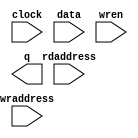
// megafunction wizard: %RAM: 2-PORT%VBB%
// GENERATION: STANDARD
// VERSION: WM1.0
// MODULE: altsyncram 

// ============================================================
// Megafunction Name(s):
// 			altsyncram
//
// Simulation Library Files(s):
// 			altera_mf
// ============================================================
// ************************************************************
// THIS IS A WIZARD-GENERATED FILE. DO NOT EDIT THIS FILE!
//
// 21.1.1 Build 850 06/23/2022 SJ Lite Edition
// ************************************************************

//Copyright (C) 2022  Intel Corporation. All rights reserved.
//Your use of Intel Corporation's design tools, logic functions 
//and other software and tools, and any partner logic 
//functions, and any output files from any of the foregoing 
//(including device programming or simulation files), and any 
//associated documentation or information are expressly subject 
//to the terms and conditions of the Intel Program License 
//Subscription Agreement, the Intel Quartus Prime License Agreement,
//the Intel FPGA IP License Agreement, or other applicable license
//agreement, including, without limitation, that your use is for
//the sole purpose of programming logic devices manufactured by
//Intel and sold by Intel or its authorized distributors.  Please
//refer to the applicable agreement for further details, at
//https://fpgasoftware.intel.com/eula.

module dual_port_ram (
	clock,
	data,
	rdaddress,
	wraddress,
	wren,
	q);

	input	  clock;
	input	[6:0]  data;
	input	[11:0]  rdaddress;
	input	[11:0]  wraddress;
	input	  wren;
	output	[6:0]  q;
`ifndef ALTERA_RESERVED_QIS
// synopsys translate_off
`endif
	tri1	  clock;
	tri0	  wren;
`ifndef ALTERA_RESERVED_QIS
// synopsys translate_on
`endif

endmodule

// ============================================================
// CNX file retrieval info
// ============================================================
// Retrieval info: PRIVATE: ADDRESSSTALL_A NUMERIC "0"
// Retrieval info: PRIVATE: ADDRESSSTALL_B NUMERIC "0"
// Retrieval info: PRIVATE: BYTEENA_ACLR_A NUMERIC "0"
// Retrieval info: PRIVATE: BYTEENA_ACLR_B NUMERIC "0"
// Retrieval info: PRIVATE: BYTE_ENABLE_A NUMERIC "0"
// Retrieval info: PRIVATE: BYTE_ENABLE_B NUMERIC "0"
// Retrieval info: PRIVATE: BYTE_SIZE NUMERIC "8"
// Retrieval info: PRIVATE: BlankMemory NUMERIC "1"
// Retrieval info: PRIVATE: CLOCK_ENABLE_INPUT_A NUMERIC "0"
// Retrieval info: PRIVATE: CLOCK_ENABLE_INPUT_B NUMERIC "0"
// Retrieval info: PRIVATE: CLOCK_ENABLE_OUTPUT_A NUMERIC "0"
// Retrieval info: PRIVATE: CLOCK_ENABLE_OUTPUT_B NUMERIC "0"
// Retrieval info: PRIVATE: CLRdata NUMERIC "0"
// Retrieval info: PRIVATE: CLRq NUMERIC "0"
// Retrieval info: PRIVATE: CLRrdaddress NUMERIC "0"
// Retrieval info: PRIVATE: CLRrren NUMERIC "0"
// Retrieval info: PRIVATE: CLRwraddress NUMERIC "0"
// Retrieval info: PRIVATE: CLRwren NUMERIC "0"
// Retrieval info: PRIVATE: Clock NUMERIC "0"
// Retrieval info: PRIVATE: Clock_A NUMERIC "0"
// Retrieval info: PRIVATE: Clock_B NUMERIC "0"
// Retrieval info: PRIVATE: IMPLEMENT_IN_LES NUMERIC "0"
// Retrieval info: PRIVATE: INDATA_ACLR_B NUMERIC "0"
// Retrieval info: PRIVATE: INDATA_REG_B NUMERIC "0"
// Retrieval info: PRIVATE: INIT_FILE_LAYOUT STRING "PORT_B"
// Retrieval info: PRIVATE: INIT_TO_SIM_X NUMERIC "0"
// Retrieval info: PRIVATE: INTENDED_DEVICE_FAMILY STRING "Cyclone IV E"
// Retrieval info: PRIVATE: JTAG_ENABLED NUMERIC "0"
// Retrieval info: PRIVATE: JTAG_ID STRING "NONE"
// Retrieval info: PRIVATE: MAXIMUM_DEPTH NUMERIC "0"
// Retrieval info: PRIVATE: MEMSIZE NUMERIC "28672"
// Retrieval info: PRIVATE: MEM_IN_BITS NUMERIC "0"
// Retrieval info: PRIVATE: MIFfilename STRING ""
// Retrieval info: PRIVATE: OPERATION_MODE NUMERIC "2"
// Retrieval info: PRIVATE: OUTDATA_ACLR_B NUMERIC "0"
// Retrieval info: PRIVATE: OUTDATA_REG_B NUMERIC "1"
// Retrieval info: PRIVATE: RAM_BLOCK_TYPE NUMERIC "0"
// Retrieval info: PRIVATE: READ_DURING_WRITE_MODE_MIXED_PORTS NUMERIC "2"
// Retrieval info: PRIVATE: READ_DURING_WRITE_MODE_PORT_A NUMERIC "3"
// Retrieval info: PRIVATE: READ_DURING_WRITE_MODE_PORT_B NUMERIC "3"
// Retrieval info: PRIVATE: REGdata NUMERIC "1"
// Retrieval info: PRIVATE: REGq NUMERIC "1"
// Retrieval info: PRIVATE: REGrdaddress NUMERIC "1"
// Retrieval info: PRIVATE: REGrren NUMERIC "1"
// Retrieval info: PRIVATE: REGwraddress NUMERIC "1"
// Retrieval info: PRIVATE: REGwren NUMERIC "1"
// Retrieval info: PRIVATE: SYNTH_WRAPPER_GEN_POSTFIX STRING "0"
// Retrieval info: PRIVATE: USE_DIFF_CLKEN NUMERIC "0"
// Retrieval info: PRIVATE: UseDPRAM NUMERIC "1"
// Retrieval info: PRIVATE: VarWidth NUMERIC "1"
// Retrieval info: PRIVATE: WIDTH_READ_A NUMERIC "7"
// Retrieval info: PRIVATE: WIDTH_READ_B NUMERIC "7"
// Retrieval info: PRIVATE: WIDTH_WRITE_A NUMERIC "7"
// Retrieval info: PRIVATE: WIDTH_WRITE_B NUMERIC "7"
// Retrieval info: PRIVATE: WRADDR_ACLR_B NUMERIC "0"
// Retrieval info: PRIVATE: WRADDR_REG_B NUMERIC "0"
// Retrieval info: PRIVATE: WRCTRL_ACLR_B NUMERIC "0"
// Retrieval info: PRIVATE: enable NUMERIC "0"
// Retrieval info: PRIVATE: rden NUMERIC "0"
// Retrieval info: LIBRARY: altera_mf altera_mf.altera_mf_components.all
// Retrieval info: CONSTANT: ADDRESS_ACLR_B STRING "NONE"
// Retrieval info: CONSTANT: ADDRESS_REG_B STRING "CLOCK0"
// Retrieval info: CONSTANT: CLOCK_ENABLE_INPUT_A STRING "BYPASS"
// Retrieval info: CONSTANT: CLOCK_ENABLE_INPUT_B STRING "BYPASS"
// Retrieval info: CONSTANT: CLOCK_ENABLE_OUTPUT_B STRING "BYPASS"
// Retrieval info: CONSTANT: INTENDED_DEVICE_FAMILY STRING "Cyclone IV E"
// Retrieval info: CONSTANT: LPM_TYPE STRING "altsyncram"
// Retrieval info: CONSTANT: NUMWORDS_A NUMERIC "4096"
// Retrieval info: CONSTANT: NUMWORDS_B NUMERIC "4096"
// Retrieval info: CONSTANT: OPERATION_MODE STRING "DUAL_PORT"
// Retrieval info: CONSTANT: OUTDATA_ACLR_B STRING "NONE"
// Retrieval info: CONSTANT: OUTDATA_REG_B STRING "CLOCK0"
// Retrieval info: CONSTANT: POWER_UP_UNINITIALIZED STRING "FALSE"
// Retrieval info: CONSTANT: READ_DURING_WRITE_MODE_MIXED_PORTS STRING "DONT_CARE"
// Retrieval info: CONSTANT: WIDTHAD_A NUMERIC "12"
// Retrieval info: CONSTANT: WIDTHAD_B NUMERIC "12"
// Retrieval info: CONSTANT: WIDTH_A NUMERIC "7"
// Retrieval info: CONSTANT: WIDTH_B NUMERIC "7"
// Retrieval info: CONSTANT: WIDTH_BYTEENA_A NUMERIC "1"
// Retrieval info: USED_PORT: clock 0 0 0 0 INPUT VCC "clock"
// Retrieval info: USED_PORT: data 0 0 7 0 INPUT NODEFVAL "data[6..0]"
// Retrieval info: USED_PORT: q 0 0 7 0 OUTPUT NODEFVAL "q[6..0]"
// Retrieval info: USED_PORT: rdaddress 0 0 12 0 INPUT NODEFVAL "rdaddress[11..0]"
// Retrieval info: USED_PORT: wraddress 0 0 12 0 INPUT NODEFVAL "wraddress[11..0]"
// Retrieval info: USED_PORT: wren 0 0 0 0 INPUT GND "wren"
// Retrieval info: CONNECT: @address_a 0 0 12 0 wraddress 0 0 12 0
// Retrieval info: CONNECT: @address_b 0 0 12 0 rdaddress 0 0 12 0
// Retrieval info: CONNECT: @clock0 0 0 0 0 clock 0 0 0 0
// Retrieval info: CONNECT: @data_a 0 0 7 0 data 0 0 7 0
// Retrieval info: CONNECT: @wren_a 0 0 0 0 wren 0 0 0 0
// Retrieval info: CONNECT: q 0 0 7 0 @q_b 0 0 7 0
// Retrieval info: GEN_FILE: TYPE_NORMAL dual_port_ram.v TRUE
// Retrieval info: GEN_FILE: TYPE_NORMAL dual_port_ram.inc FALSE
// Retrieval info: GEN_FILE: TYPE_NORMAL dual_port_ram.cmp FALSE
// Retrieval info: GEN_FILE: TYPE_NORMAL dual_port_ram.bsf FALSE
// Retrieval info: GEN_FILE: TYPE_NORMAL dual_port_ram_inst.v FALSE
// Retrieval info: GEN_FILE: TYPE_NORMAL dual_port_ram_bb.v TRUE
// Retrieval info: LIB_FILE: altera_mf